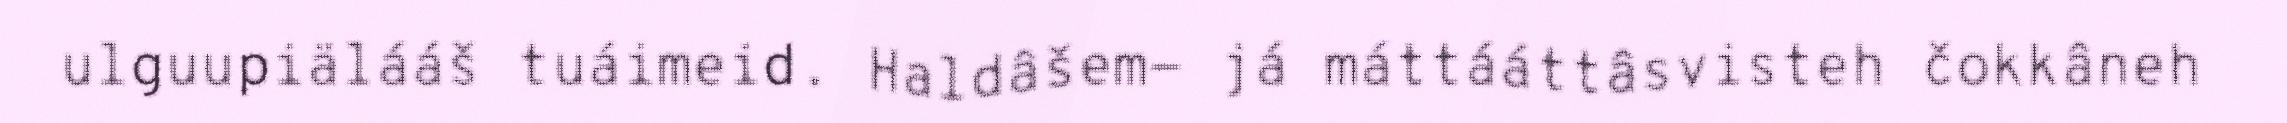
ulguupiälááš tuáimeid. Haldâšem- já máttááttâsvisteh čokkâneh